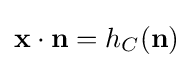
\mathbf {x} \cdot \mathbf {n} =h_{C}(\mathbf {n} )